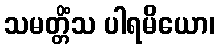
သမတ္တိံသ ပါရမိယော၊